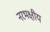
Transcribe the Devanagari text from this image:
नरभक्षीय